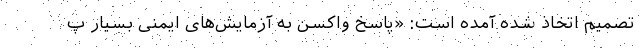
تصمیم اتخاذ شده آمده است: «پاسخ واکسن به آزمایش‌های ایمنی بسیار پ